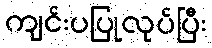
ကျင်းပပြုလုပ်ပြီး